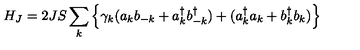
H _ { J } = 2 J S \sum _ { k } \left\{ \gamma _ { k } ( a _ { k } b _ { - k } + a _ { k } ^ { \dagger } b _ { - k } ^ { \dagger } ) + ( a _ { k } ^ { \dagger } a _ { k } + b _ { k } ^ { \dagger } b _ { k } ) \right\}